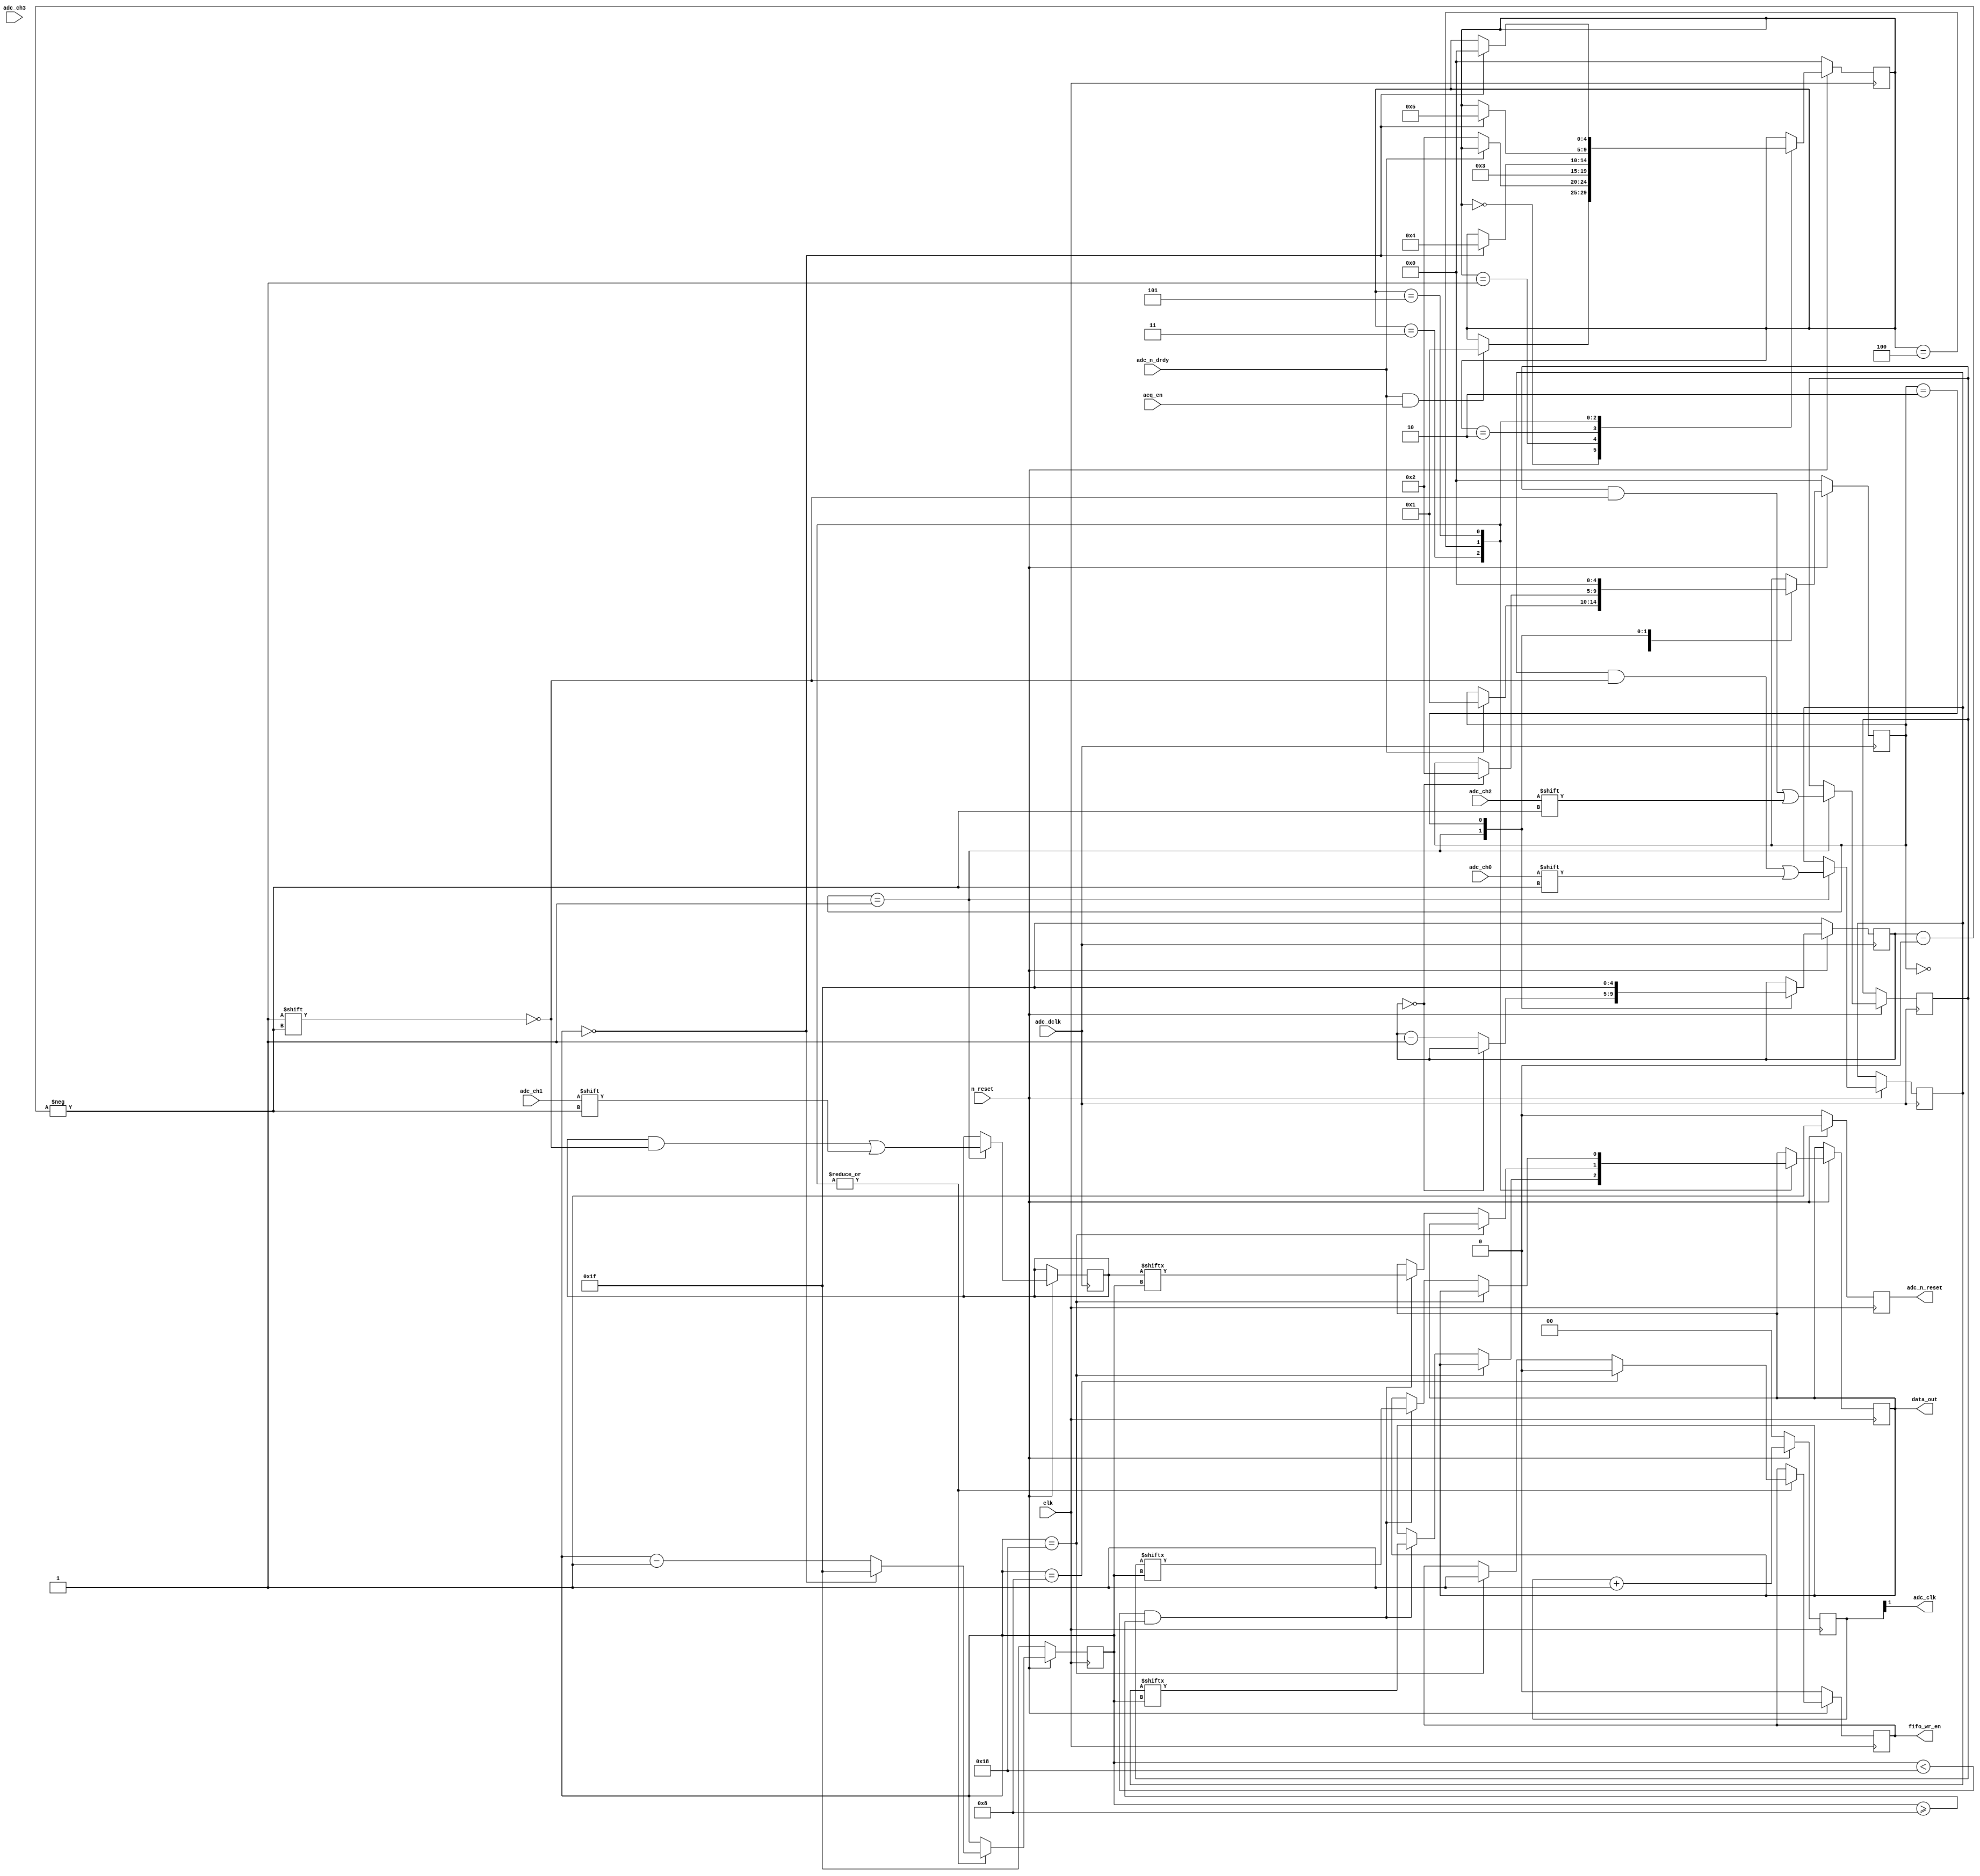
//-----------------------------------------------------------------------------
// CETI Tag ADC Module  Analog Devices AD7768-4  24-bit Sigma-Delta 
//
// 9/7/21 In work - getting started with basic clocking and sampling using default settings in the ADC
//-----------------------------------------------------------------------------
//
// TODO [adc.v: strip 8 bit headers before SPI buffer]

module adc(
	input wire n_reset,  //from host
	input wire clk,  		//100 MHz main clock
	output wire adc_clk,  //to the ADC
	output reg adc_n_reset,	//to the ADC
	
	input wire adc_ch0,
	input wire adc_ch1,
	input wire adc_ch2,
	input wire adc_ch3,
	
	input wire adc_n_drdy,
	input wire adc_dclk,
	
	output reg data_out, //to output fifo 
	output reg fifo_wr_en = 1'b0,
	input wire acq_en //from CAM control, starts and stop data collection
);

reg [1:0] clk_div;
reg [31:0] ch0_in, ch1_in, ch2_in, ch3_in;  

reg [4:0] smpl_bit_count=31; 
reg [4:0] pkt_bit_count = 31;
reg [4:0] acq_state=0;
reg [4:0] mux_state=0;

assign adc_clk = clk_div[1];  //div by 4

//-----------------------------------------------------------------------------	

	always @ (posedge clk) begin	
	
		if(!n_reset) begin
			clk_div <= 0;
			adc_n_reset <= 0;
		end

		else begin //divide sysclk by 4 to run the ADC
			adc_n_reset <= 1;
			clk_div <= clk_div+1;
		end
	end

//-----------------------------------------------------------------------------	
// Reduced Data Version
//-----------------------------------------------------------------------------
// Acquire samples from ADC and buffer. 3 channels, 16 bits, no header
	
	always @ (negedge adc_dclk) begin
	
		if (!n_reset) begin 
			smpl_bit_count <= 31; 
			acq_state <= 0;
		end
		
		else		
			case(acq_state)
			
				0: if (adc_n_drdy) acq_state<=1;  //wait for the frame
				
				1: begin					
						ch0_in[smpl_bit_count] <= adc_ch0; //clocking in the bits MSB first 
						ch1_in[smpl_bit_count] <= adc_ch1;  
						ch2_in[smpl_bit_count] <= adc_ch2; 
						ch3_in[smpl_bit_count] <= adc_ch3; 
						
						if (smpl_bit_count == 0)acq_state <= 2;
							else smpl_bit_count <= smpl_bit_count - 1;
					end
					
				2:	begin
						smpl_bit_count <= 31; //reset for next set of samples
						acq_state <= 0; 
					end
			endcase
	end	
//-----------------------------------------------------------------------------	
// Place the 4 samples into a 1-bit output which can be then input to a FIFO
// Create a frame for the FIFO write enable 

	always @ (negedge clk) begin
	
		if (!n_reset) begin 
			pkt_bit_count <= 31; 
			mux_state <= 0; 
			fifo_wr_en <= 1'b0;
		end
		
		else		
			case(mux_state)
			
				0: if (adc_n_drdy & acq_en) mux_state <= 1;  //wait for nDRDY to go high and acq to be enabled
				
				1: if (!adc_n_drdy) mux_state <= 2; //now wait for it to go low. 
				
				2: begin	
						//fifo_wr_en <= 1'b1;				//assert wr_en (removed for header stripping...)
						mux_state <= 3;
					end

// Rework to remove 8-bit header				
//
/*			Original Form	
			3: begin //ch 0						
						data_out <= ch0_in[pkt_bit_count]; 	 
						fifo_wr_en <= 1'b1;	
						if (pkt_bit_count == 0) begin
								mux_state <= 4;
								pkt_bit_count <= 31;
						end
						else pkt_bit_count <= pkt_bit_count -1;					
					end	*/
// New Form
// This works to strip header...saving it while working out next step - drop 8 LSBs
/*				3: begin //ch 0						
					
						if (pkt_bit_count == 24) 
							fifo_wr_en <=1'b1;  //start gating the sample after the header
						
						else if (pkt_bit_count < 24 && pkt_bit_count >= 0 ) 						
							data_out <= ch0_in[pkt_bit_count]; 	 
						
						if (pkt_bit_count == 0) begin
								fifo_wr_en <= 1'b0;
								mux_state <= 4;
								pkt_bit_count <= 31;
						end
						
						else pkt_bit_count <= pkt_bit_count -1;					
					
					end	*/
					
				3: begin //ch 0, 16-bit version					
					
						if (pkt_bit_count == 24) 
							fifo_wr_en <=1'b1;  //start gating the sample after the header
						
						else if (pkt_bit_count < 24 && pkt_bit_count >= 8 ) 						
							data_out <= ch0_in[pkt_bit_count]; 	 
						
						if (pkt_bit_count == 8) fifo_wr_en <= 1'b0;
						
						if (pkt_bit_count == 0) begin
								mux_state <= 4;
								pkt_bit_count <= 31;
						end
						
						else pkt_bit_count <= pkt_bit_count -1;					
					
					end	
					
				4: begin //ch 1	16-bit					
						if (pkt_bit_count == 24) 
							fifo_wr_en <=1'b1;  //start gating the sample after the header
						
						else if (pkt_bit_count < 24 && pkt_bit_count >= 8 ) 						
							data_out <= ch1_in[pkt_bit_count]; 	 
						
						if (pkt_bit_count == 8) fifo_wr_en <= 1'b0;
						
						if (pkt_bit_count == 0) begin
								mux_state <= 5;
								pkt_bit_count <= 31;
						end
						
						else pkt_bit_count <= pkt_bit_count -1;
					end	
					
				5: begin //ch 2	16-bit					
						if (pkt_bit_count == 24) 
							fifo_wr_en <=1'b1;  //start gating the sample after the header
						
						else if (pkt_bit_count < 24 && pkt_bit_count >= 8 ) 						
							data_out <= ch2_in[pkt_bit_count]; 	 
						
						if (pkt_bit_count == 8) fifo_wr_en <= 1'b0;
						
						if (pkt_bit_count == 0) begin
								mux_state <= 0;
								pkt_bit_count <= 31;
						end
						
						else pkt_bit_count <= pkt_bit_count -1;					
					
					end		
					
// Dropping ch 4 to get throughput, see state 5 transition to state 0. State 6 not used here			
/*					
				6: begin //ch 3						
						if (pkt_bit_count == 24) 
							fifo_wr_en <=1'b1;  //start gating the sample after the header
						
						else if (pkt_bit_count < 24 && pkt_bit_count >= 0 ) 						
							data_out <= ch3_in[pkt_bit_count]; 	 
						
						if (pkt_bit_count == 0) begin
								fifo_wr_en <= 1'b0;
								mux_state <= 0;
								pkt_bit_count <= 31;
						end
						
						else pkt_bit_count <= pkt_bit_count -1;					
					
					end			*/			
			endcase
	end


/*
//-----------------------------------------------------------------------------	
// Full Data Version
//-----------------------------------------------------------------------------	
// Acquire samples from ADC and buffer. Each sample is 32 bits - 8 bit header, 24 value
// See AD7768-4 data sheet for more detail on the sample format
	
	always @ (negedge adc_dclk) begin
	
		if (!n_reset) begin 
			smpl_bit_count <= 31; 
			acq_state <= 0;
		end
		
		else		
			case(acq_state)
			
				0: if (adc_n_drdy) acq_state<=1;  //wait for the frame
				
				1: begin					
						ch0_in[smpl_bit_count] <= adc_ch0; //clocking in the bits MSB first 
						ch1_in[smpl_bit_count] <= adc_ch1;  
						ch2_in[smpl_bit_count] <= adc_ch2; 
						ch3_in[smpl_bit_count] <= adc_ch3; 
						
						if (smpl_bit_count == 0)acq_state <= 2;
							else smpl_bit_count <= smpl_bit_count - 1;
					end
					
				2:	begin
						smpl_bit_count <= 31; //reset for next set of samples
						acq_state <= 0; 
					end
			endcase
	end	
//-----------------------------------------------------------------------------	
// Place the 4 samples into a 1-bit output which can be then input to a FIFO
// Create a frame for the FIFO write enable 
// TODO [adc.v: Strip off the 8-bit header from each sample before forwarding to FIFO]

	always @ (negedge clk) begin
	
		if (!n_reset) begin 
			pkt_bit_count <= 31; 
			mux_state <= 0; 
			fifo_wr_en <= 1'b0;
		end
		
		else		
			case(mux_state)
			
				0: if (adc_n_drdy & acq_en) mux_state <= 1;  //wait for nDRDY to go high and acq to be enabled
				
				1: if (!adc_n_drdy) mux_state <= 2; //now wait for it to go low. 
				
				2: begin	
						fifo_wr_en <= 1'b1;				//assert wr_en
						mux_state <= 3;
					end
				
				3: begin //ch 0						
						data_out <= ch0_in[pkt_bit_count]; 	 
						fifo_wr_en <= 1'b1;	
						if (pkt_bit_count == 0) begin
								mux_state <= 4;
								pkt_bit_count <= 31;
						end
						else pkt_bit_count <= pkt_bit_count -1;					
					end	
					
				4: begin //ch 1						
						data_out <= ch1_in[pkt_bit_count]; 						
						if (pkt_bit_count == 0) begin
								mux_state <= 5;
								pkt_bit_count <= 31;
						end
						else pkt_bit_count <= pkt_bit_count -1;					
					end	
					
				5: begin //ch 2						
						data_out <= ch2_in[pkt_bit_count]; 							
						if (pkt_bit_count == 0) begin
								mux_state <= 6;
								pkt_bit_count <= 31;
						end
						else pkt_bit_count <= pkt_bit_count -1;					
					end	
					
				6: begin //ch 3						
						data_out <= ch3_in[pkt_bit_count]; 	
						if (pkt_bit_count == 0) begin
								fifo_wr_en <= 1'b0;
								mux_state <= 0;
								pkt_bit_count <= 31;
						end
						else pkt_bit_count <= pkt_bit_count -1;					
					end	
			endcase
	end */
endmodule